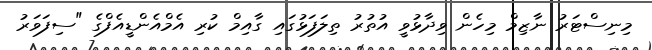
މިނިސްޓަރު ނާޒިމް މިހެން ވިދާޅުވީ އުތުރު ތިލަފަޅުގައި ގާއިމް ކުރި އެމްއެންޑީއެފްގެ "ސިފަވަރު